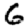
Digit: 6